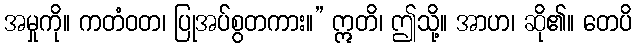
အမှုကို။ ကတံဝတ၊ ပြုအပ်စွတကား။” ဣတိ၊ ဤသို့။ အာဟ၊ ဆို၏။ တေပိ